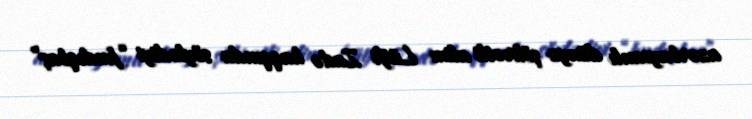
azərbaycanlı dünya şöhrətli alim Lütfi Zadə haqqında söylədiyi “fındıqbaş”